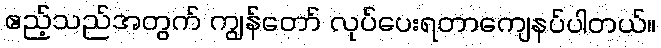
ဧည့်သည်အတွက် ကျွန်တော် လုပ်ပေးရတာကျေနပ်ပါတယ်။